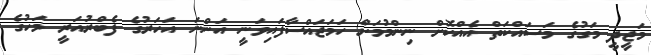
މަޖީދީ މަގުގެ މަސައްކަތް އެއްކޮށް ނިންމުމަށް ހަމަަޖައްސާފައިވަނީ އަންނަ އަހަރުގެ ފެބްރުއަރީ މަހުގެ